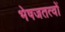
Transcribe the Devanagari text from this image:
भेषजतत्वों